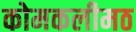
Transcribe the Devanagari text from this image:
कोमकलीमठ